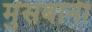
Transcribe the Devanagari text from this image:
मुसबानी